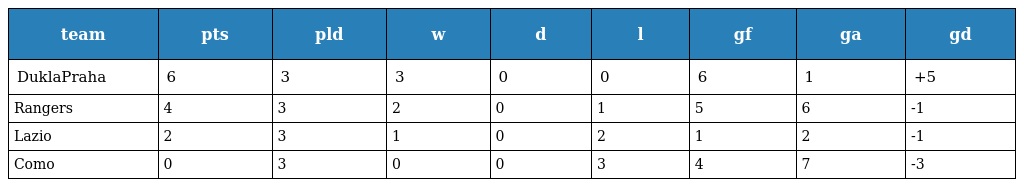
| team | pts | pld | w | d | l | gf | ga | gd |
 | --- | --- | --- | --- | --- | --- | --- | --- | --- |
 | DuklaPraha | 6 | 3 | 3 | 0 | 0 | 6 | 1 | +5 |
 | Rangers | 4 | 3 | 2 | 0 | 1 | 5 | 6 | -1 |
 | Lazio | 2 | 3 | 1 | 0 | 2 | 1 | 2 | -1 |
 | Como | 0 | 3 | 0 | 0 | 3 | 4 | 7 | -3 |